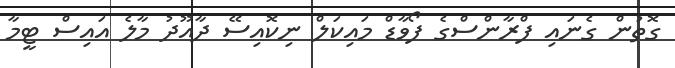
ގޮތުން ގެނައި ފްރާންސްގެ ފޯވާޑް މައިކަލް ނިކޮއިސޭ ދާއޫދު މާލެ އައިސް ޓީމާ